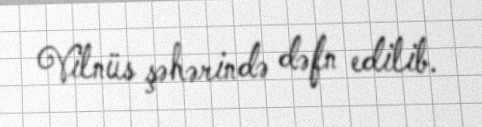
Vilnüs şəhərində dəfn edilib.